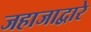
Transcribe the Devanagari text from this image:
जहाजाद्वारे